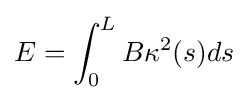
E=\int _{0}^{L}B\kappa ^{2}(s)ds